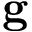
\mathbf { g }